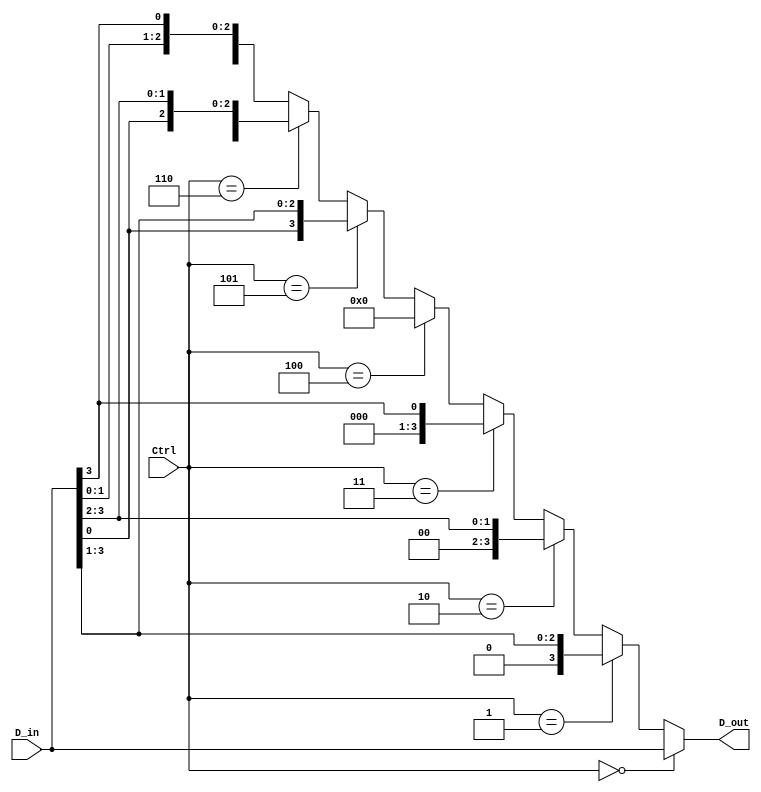
module RightShifter (Ctrl, D_in, D_out);
    input [2:0] Ctrl;
    input [3:0] D_in; 
    output reg [3:0] D_out;
    //reg I;
    
    always @ (*) //Ctrl, D_in) 
        begin
            if(Ctrl == 0) 
                D_out = {D_in[3], D_in[2], D_in[1], D_in[0]};
            else if(Ctrl == 1) 
                D_out = {D_in[3], D_in[2], D_in[1]};
            else if(Ctrl == 2) 
                D_out = {D_in[3], D_in[2]};
            else if(Ctrl == 3) 
                D_out = {D_in[3]};            
            else if(Ctrl == 4) 
                D_out = {0};
            else if(Ctrl == 5) 
                D_out = {D_in[0], D_in[3], D_in[2], D_in[1]};
            else if(Ctrl == 6) 
                D_out = {D_in[1], D_in[0], D_in[3], D_in[2]};
            else D_out = {D_in[2], D_in[1] , D_in[0], D_in[3]};
        end
    
endmodule